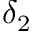
\delta _ { 2 }